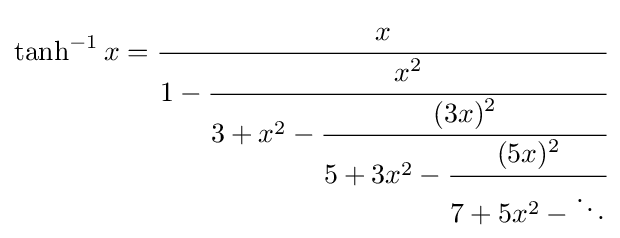
\tanh ^{-1}x={\cfrac {x}{1-{\cfrac {x^{2}}{3+x^{2}-{\cfrac {(3x)^{2}}{5+3x^{2}-{\cfrac {(5x)^{2}}{7+5x^{2}-\ddots }}}}}}}}